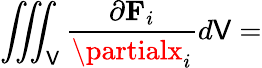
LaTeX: \iiint_{\mathsf{V}}{\frac{{\partial\mathbf{{F}}_{i}}}{{\partialx_{i}}}}d\mathsf{V}=